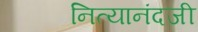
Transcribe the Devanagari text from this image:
नित्यानंदजी